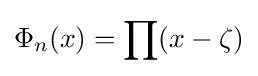
\Phi _{n}(x)=\prod (x-\zeta )